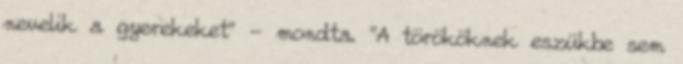
nevelik a gyerekeket" - mondta. "A törököknek eszükbe sem